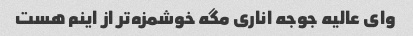
وای عالیه جوجه اناری مگه خوشمزه‌تر از اینم هست